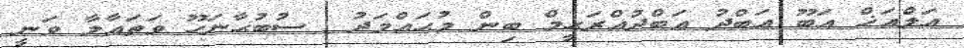
އަލްއަޚް އަބޫ ޢަބްދު ޢަބްދުއްރަޙީމް ބިން މުޙައްމަދު  ސުބުޙާނަހޫ ވަތަޢާލާ ވަނީ